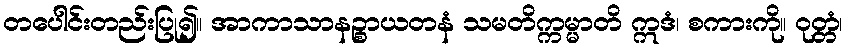
တပေါင်းတည်းပြု၍။ အာကာသာနဉ္စာယတနံ သမတိက္ကမ္မာတိ ဣဒံ၊ စကားကို။ ဝုတ္တံ၊